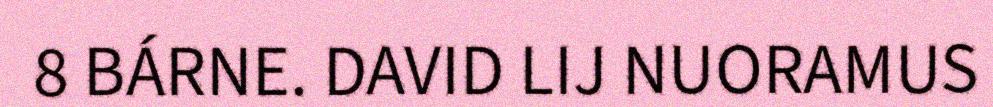
8 BÁRNE. DAVID LIJ NUORAMUS